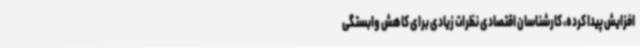
افزایش پیدا کرده، کارشناسان اقتصادی نظرات زیادی برای کاهش وابستگی